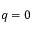
q = 0